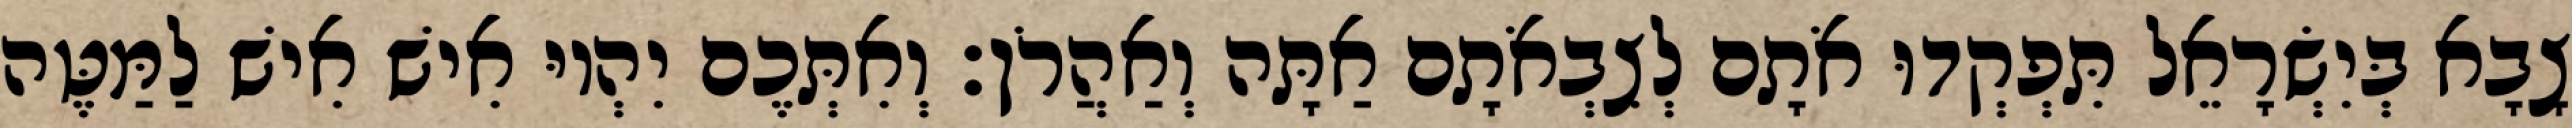
צָבָא בְּיִשְׂרָאֵל תִּפְקְדוּ אֹתָם לְצִבְאֹתָם אַתָּה וְאַהֲרֹן׃ וְאִתְּכֶם יִהְיוּ אִישׁ אִישׁ לַמַּטֶּה